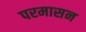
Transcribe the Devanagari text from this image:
परमासन